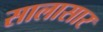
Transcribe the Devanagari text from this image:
सालासार